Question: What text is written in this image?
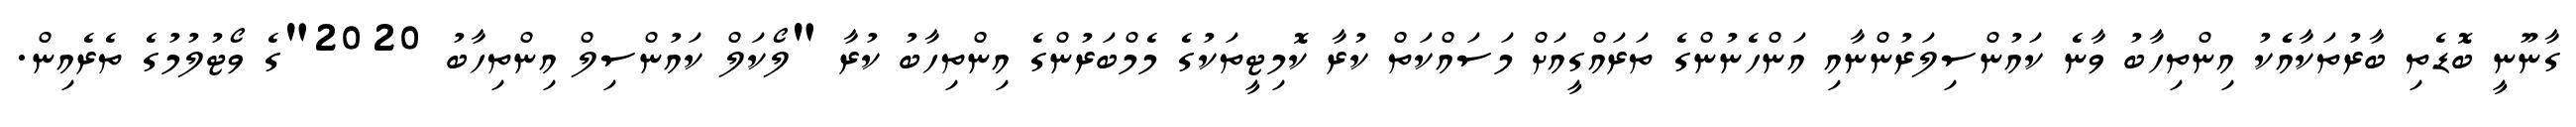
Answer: ގާނޫނީ ބޮޑެތި ބާރުތަކާއެެކު އިންތިހާބު ވާނެ ކައުންސިލަރުންނާއި އަންހެނުންގެ ތަރައްގީއަށް މަސައްކަތް ކުރާ ކޮމިޓީތަކުގެ މެމްބަރުންގެ އިންތިހާބު ކުރާ "ލޯކަލް ކައުންސިލް އިންތިހާބު 2020"ގެ ވޯޓުލުމުގެ ތެރެއިން.